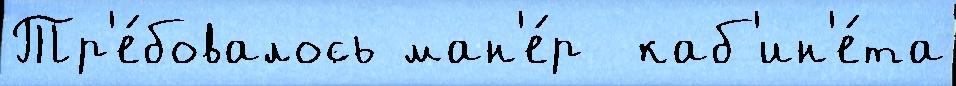
Тр'е́бовалось ман'е́р  каб'ин'е́та